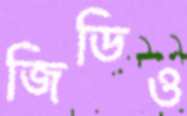
জিডিও